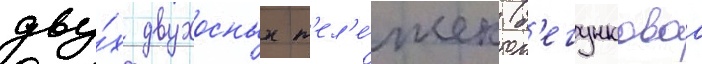
дву́х двухосных т'ел'е́жек (б'егунковаа